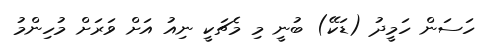
ހަސަން ހަމީދު (ޑަކޭ) ބުނީ މި މެޗަކީ ނިއު އަށް ވަރަށް މުހިންމު